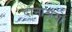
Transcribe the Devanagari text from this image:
दानाश्रयों